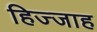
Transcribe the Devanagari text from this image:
हिज्जाह